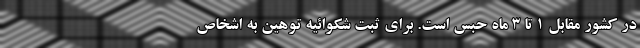
در کشور مقابل ۱ تا ۳ ماه حبس است. برای ثبت شکوائیه توهین به اشخاص